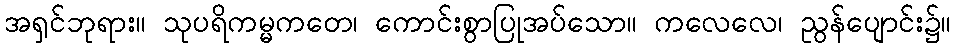
အရှင်ဘုရား။ သုပရိကမ္မကတေ၊ ကောင်းစွာပြုအပ်သော။ ကလေလေ၊ ညွန်ပျောင်း၌။